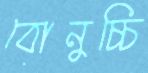
বোনুচ্চি